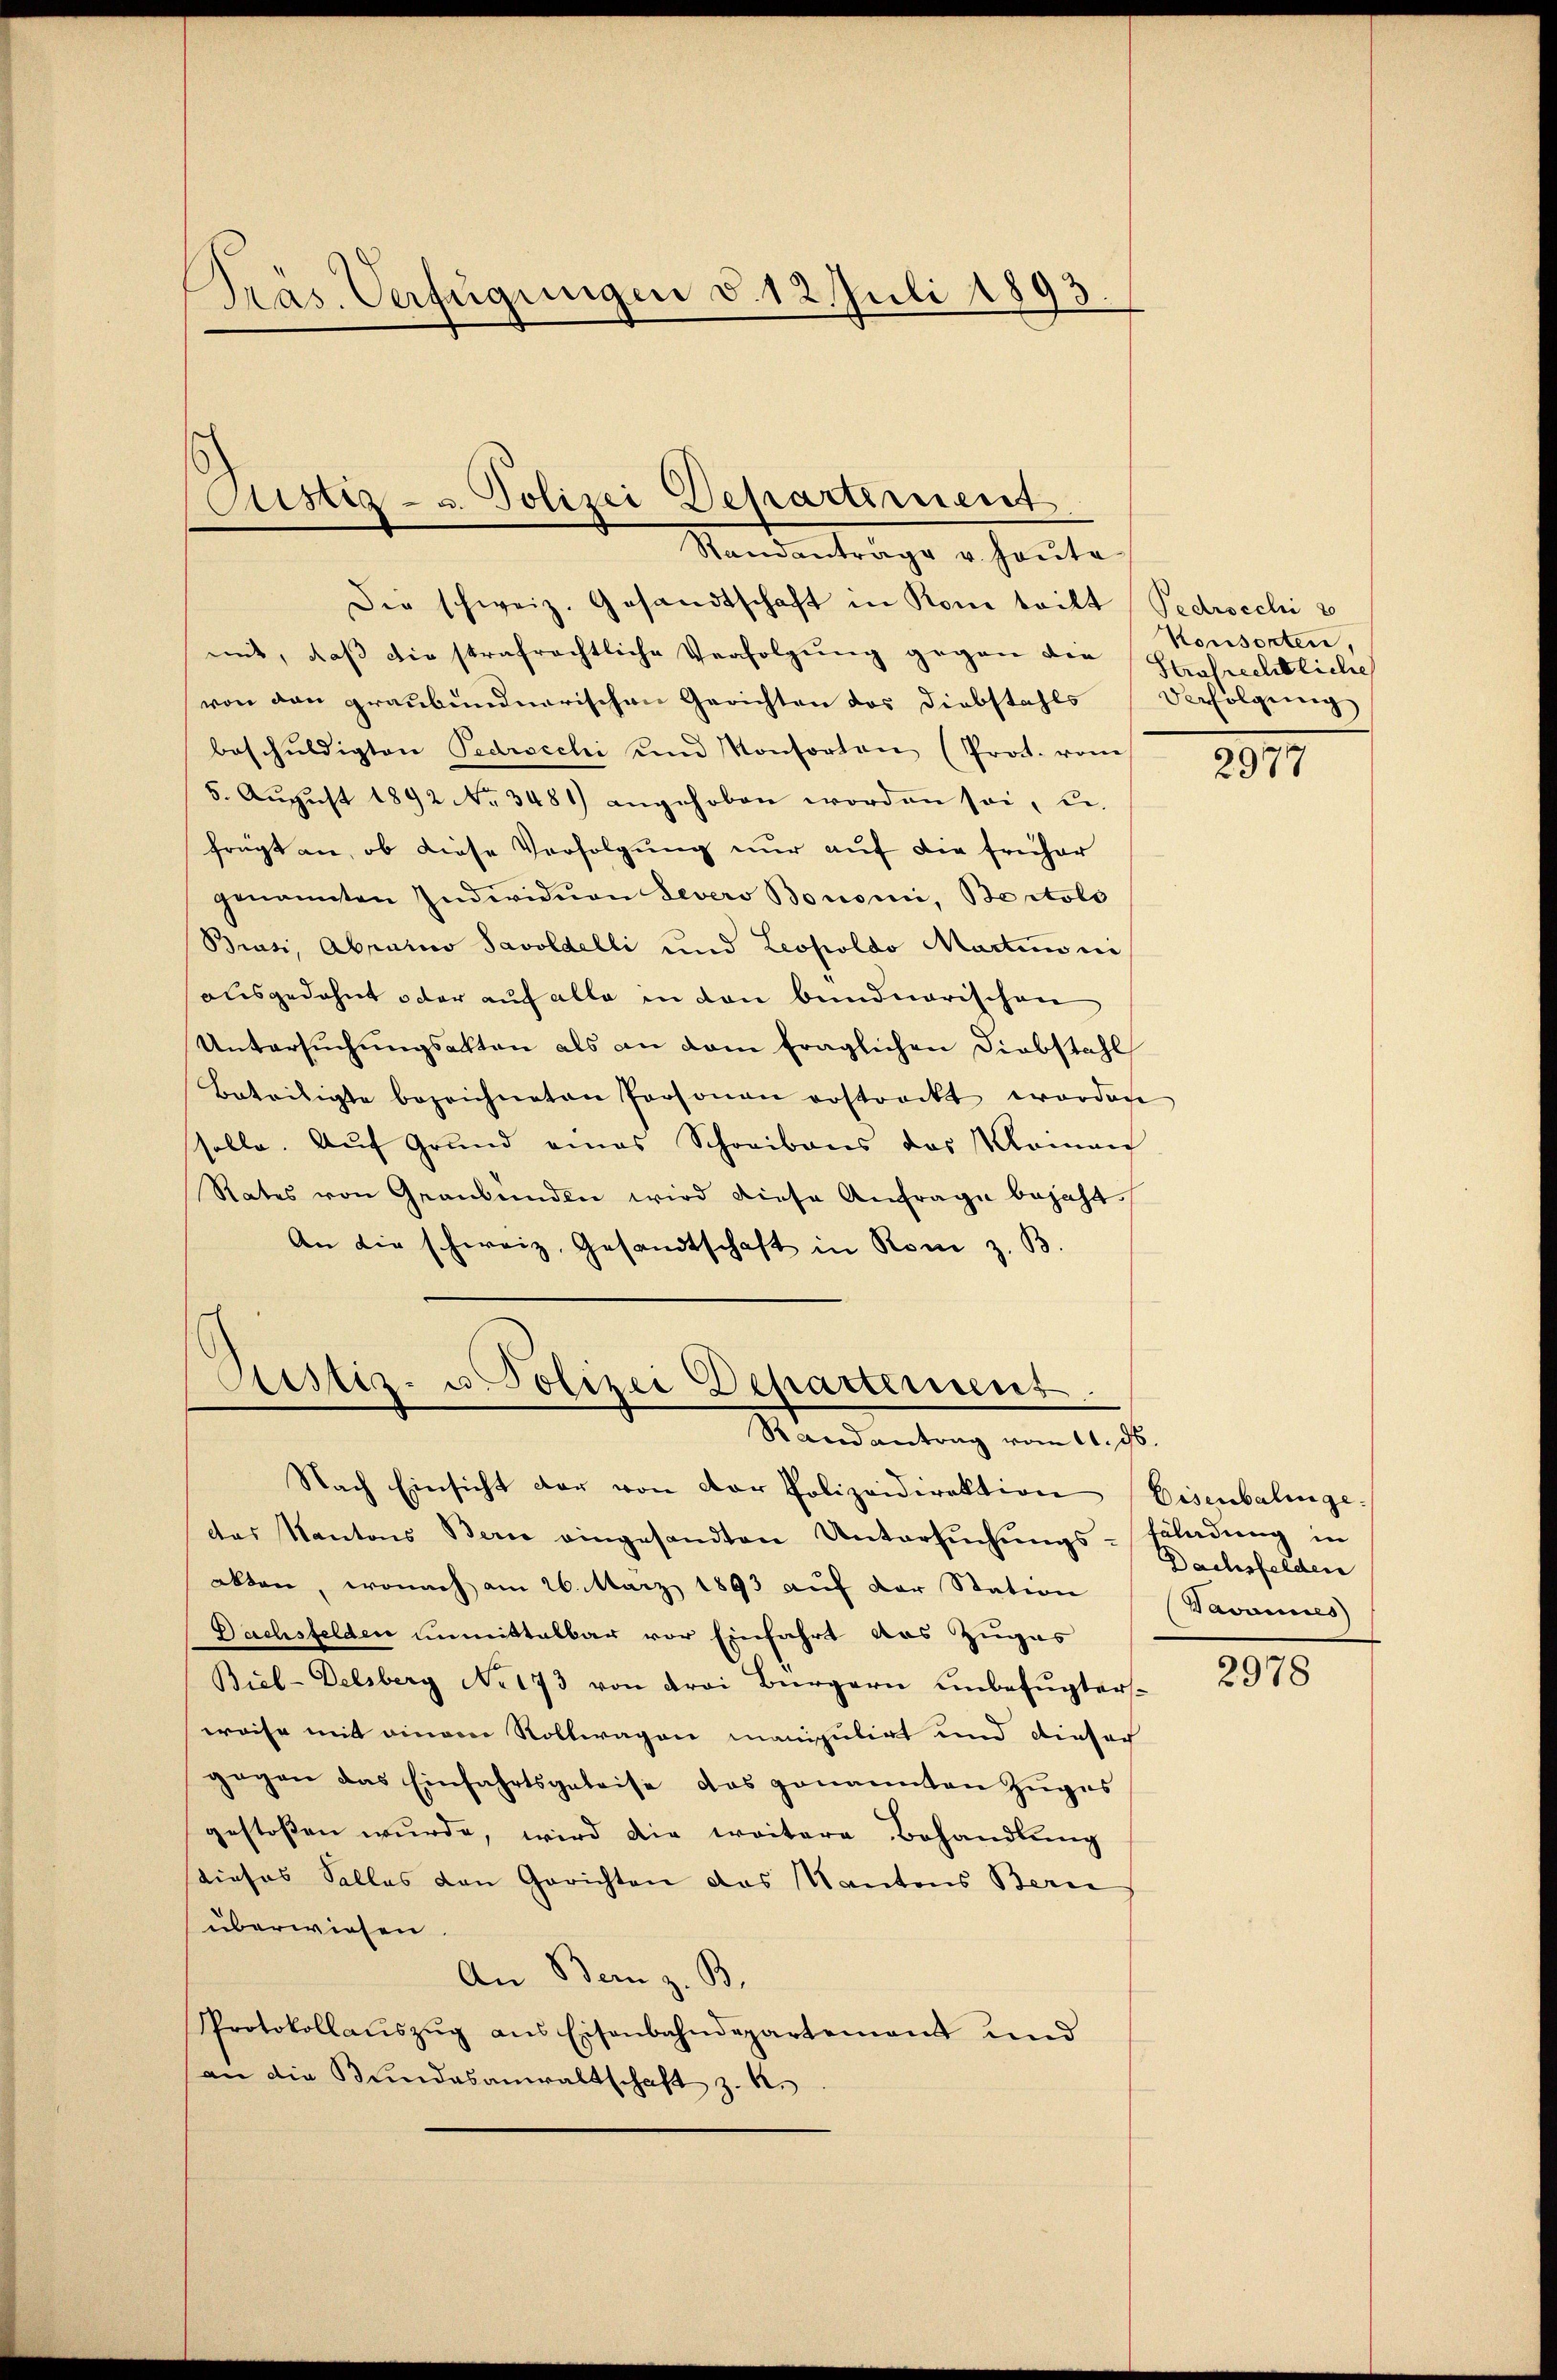
Präs. Verfügungen d. 12. Juli 1893.

Cistiz- u. Polizei Departement
Standanträge u. heute

Die schweiz. Gesandtschaft in Rono teilt (Pedrocchi
mit, daß die strafrechtliche Verfolgung gegen die
von den graubündnerischen Gerichten des Diebstahls Verfolgung
beschŭldigten Pedrocchi und Konsorten (Prot. vom
5. August 1892 No 3481) angehoben worden sei, u.
frügt an, ob diese Verfolgung nur auf die früher
genannten Individuen Levero Bonomi, Bertolo
Brasi, Abrario Savoldelli und Leopoldo Martin ni
ausgedehnt oder auf alle in von bundnerischen
Untersuchungsakten als an dem fraglichen Diebstahl
Beteiligte bezeichneten Personen erstreckt worden
solle. Aŭf Grund eines Schreibens des Momen
Rates von Graubünden wird diese Anfrage bejaht.
An die schweiz. Gesandtschaft in Rom z. B.

Aistiz- u. Polizei Departemens
Randantrag vom 11. ds.

Nach Einsicht dar von der Polizeidirektion Eisenbalinge-
das Kantons Bern eingesandten Untersŭchŭngs-Beladung in
akten, wonach am 26. März 1893 auf der Station
Dachsfelden unmittelbar vor Einfahrt das Zuges
Biel-Delsberg No 173 von drei Bürgern unbefugtersweise mit eingen Rollwagen manipulirt und dieser
gegen das Einfahrtsgeleise das genannten Zŭges
gestoßen wŭrde, wird die weitere Behandlung
dieses Salles den Gerichten das Kantons Beri
überwiesen.
An Bern z. B.
Protokollaŭszŭg ans Eisenbahndepartement und
an die Bundesanwaltschaft z. B.

Konsorten,
Strafrechtliche

2977

Dachsfelden
Wavannes)

2978